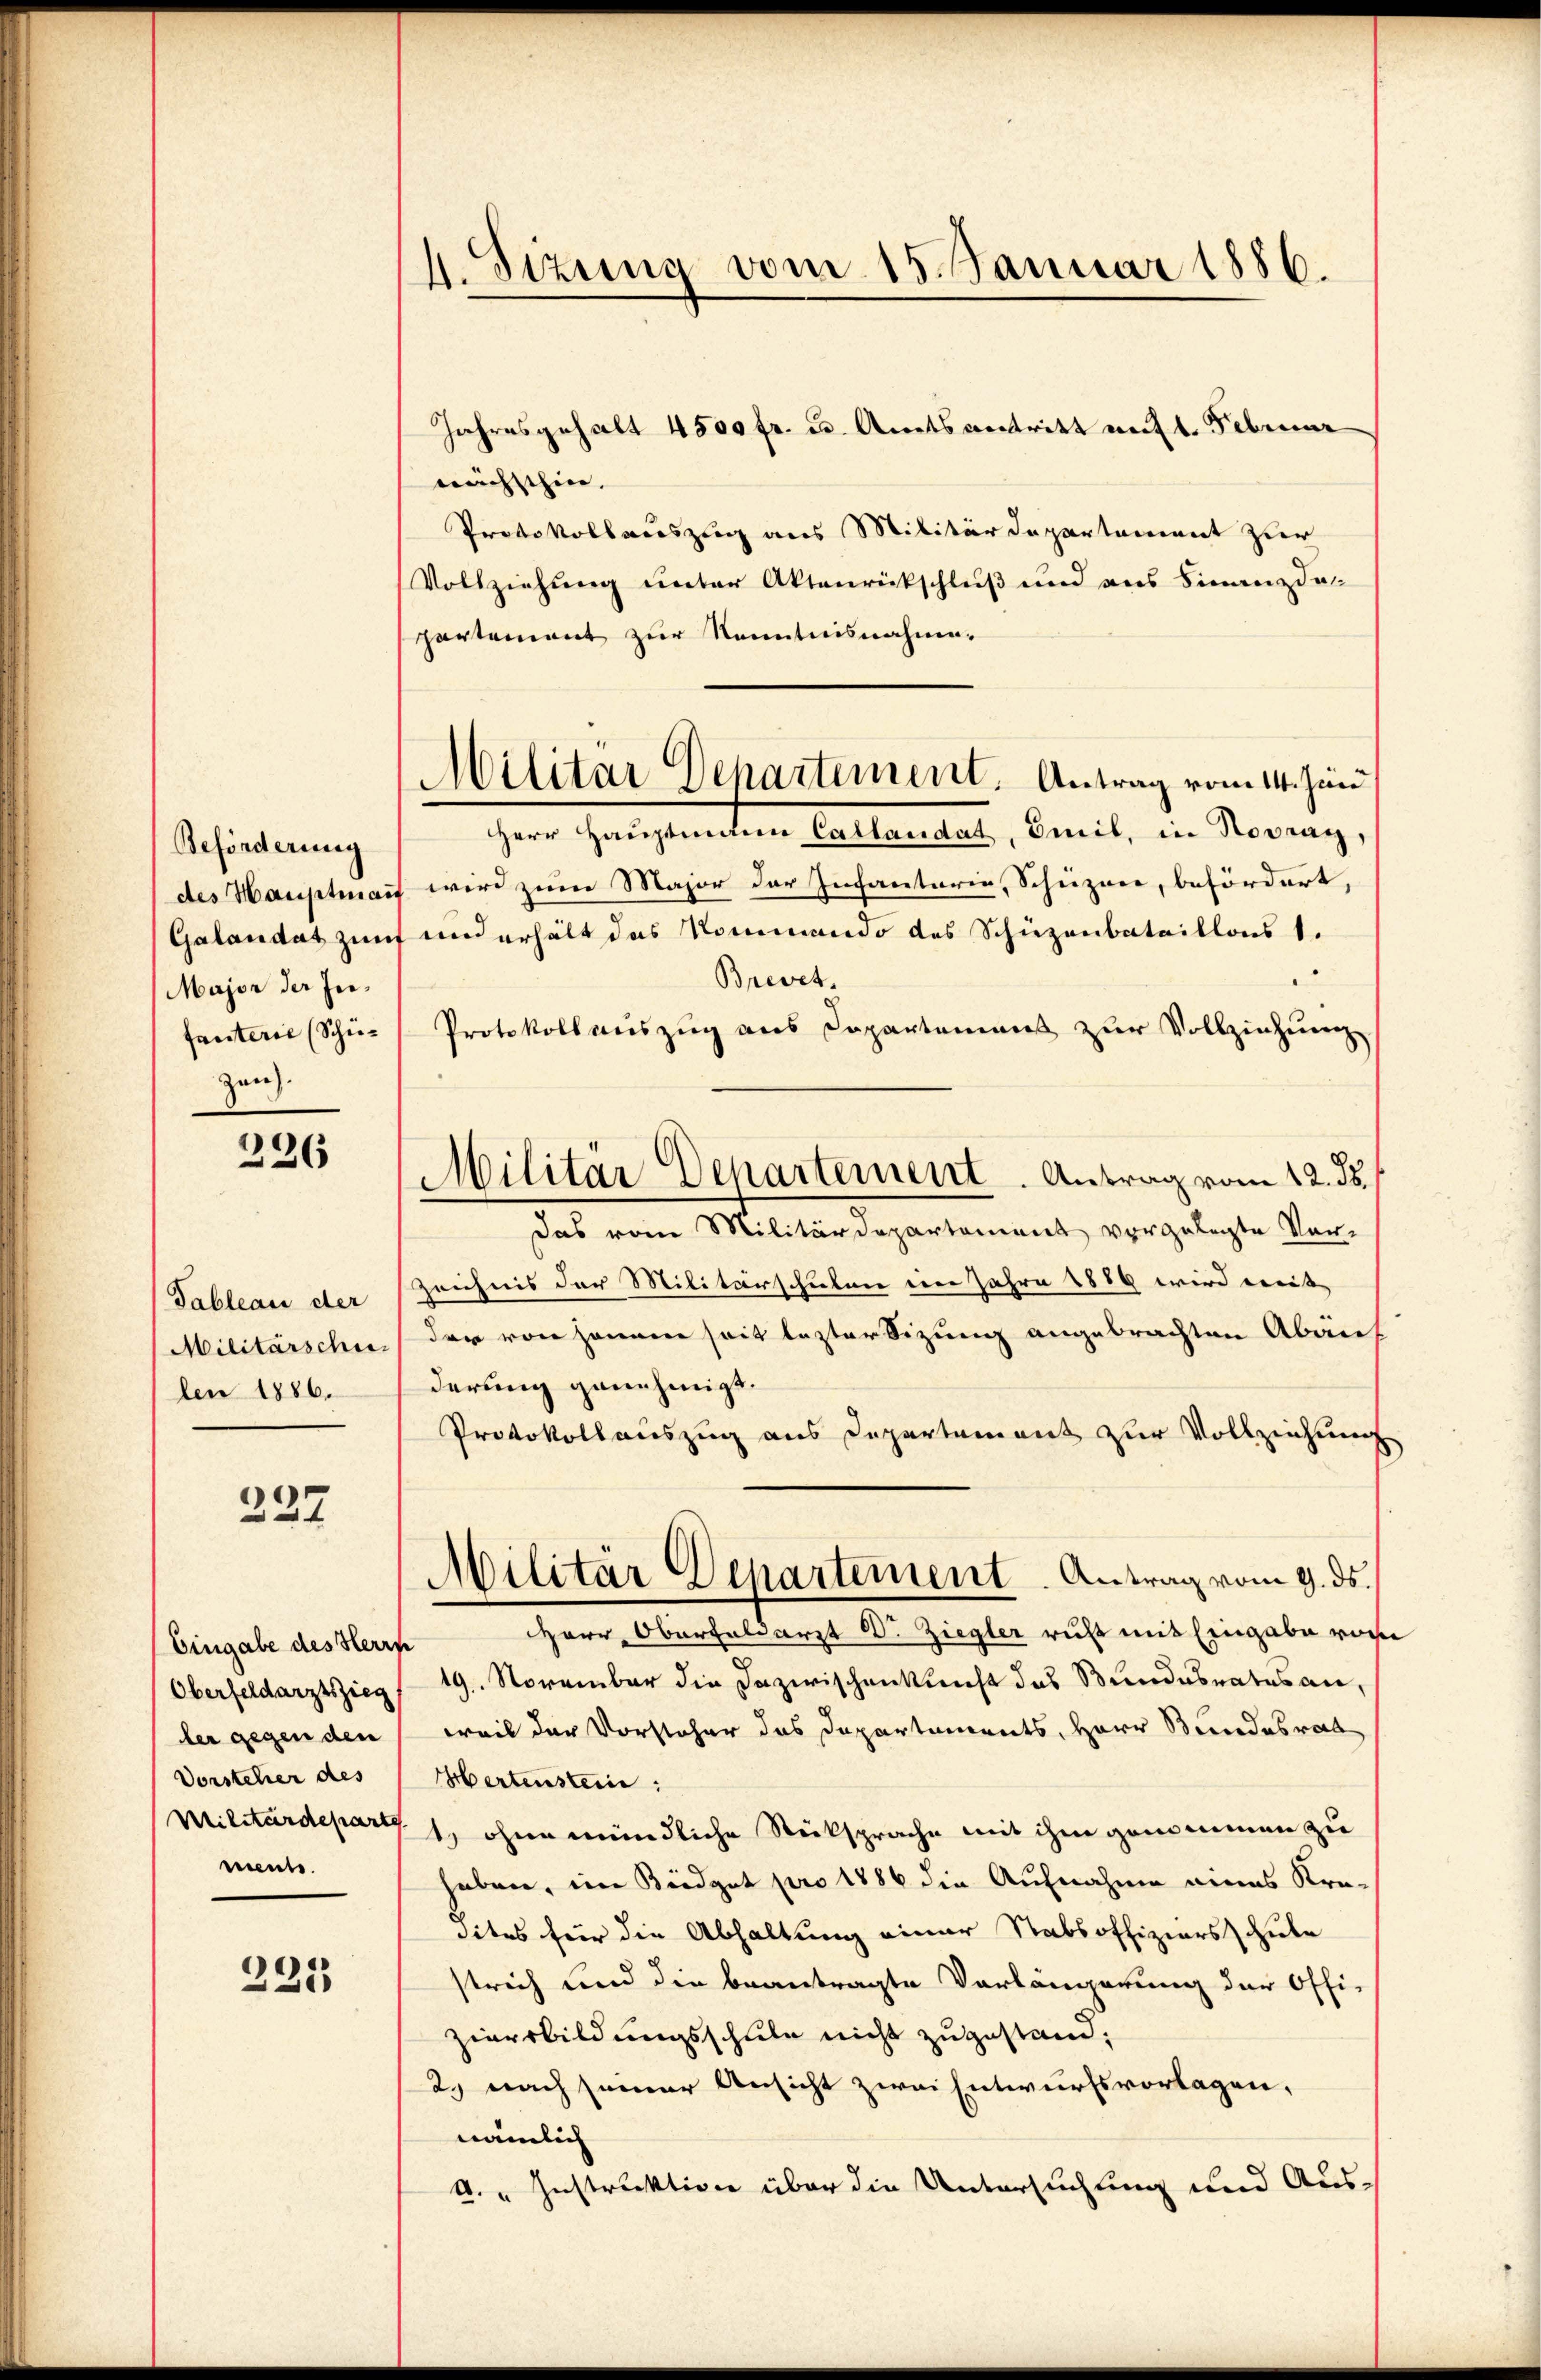
Beförderung
Major der Infanterie (Schüzen).

226

Tableau der
Militärschie-
len 1886.

237

Eingabe des Herrn
Oberfeldarztszieg
ler gegen den
Vorsteher des
nnte.

221

4. Sizung vom 15. Januar 1886.

Jahresgehalt 4500 fr. u. Amtsantritt mit 1. Februar
nächsthin.
Protokollauszug aus Militärdepartement zur
Vollziehung unter Aktenrückschluß und aus Finanzdar
partement zur Kenntnisnahme.
Herr Hauptanten Callandat, Emil, in Novray,
des Hauptmann wird zum Major der Infantaria, Schüzner, befördert,
Galandat zunf und erhält das Rommando des Schüzenbataillons 1.
Brevet.
Protokoll auszug aus Departemens zur Vollziehung
Das vom Militärdepartement vorgelegte Vor¬
Zeichnis der Militärschieben ein Jahre 1889 wird weit
der von Hanne seit lezter Sitzung angebrachten Abanf
derung genehmigt.
Protokollauszug aus Departement zur Vollziehung
Militär Departement. Antrag vom 9. ds.
Herr Oberfeldarzt Dr. Ziegler ruht mit Eingabe von
19. November die Dazwischenkunft das Bundesrates an,
weil der Vorsteher das Departements, Herr Bundesrat
Ebertenstein:
Militärdepart 1., ohne mündliche Rücksprache mit ihm genommen zu
haben, im Kindgut pro 1886 die Aufnahme eines Kredites für die Abhaltung einer Stabsoffiziersschule
strich und die beantragte Verlängerung der Offi-
ziersbildungsschule nicht zugestand;
2. nach seiner Ansicht zwei Entwurfsvorlagen,
nämlich
k." Instruktion über die Untersuchung und Aus¬

Militär Dehartement. Antrag vom 14. Juni

Militär Departement. Antrag vom 12. ds.